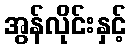
အွန်လိုင်းနှင့်